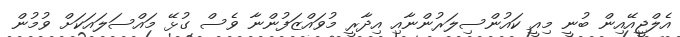
އެލްޖީއޭއިން ބުނީ މިއީ ކައުންސިލަރުންނާއި އިދާރީ މުވައްޒަފުންނާ ވެސް ގުޅޭ މައްސަލައަކަށް ވުމުން